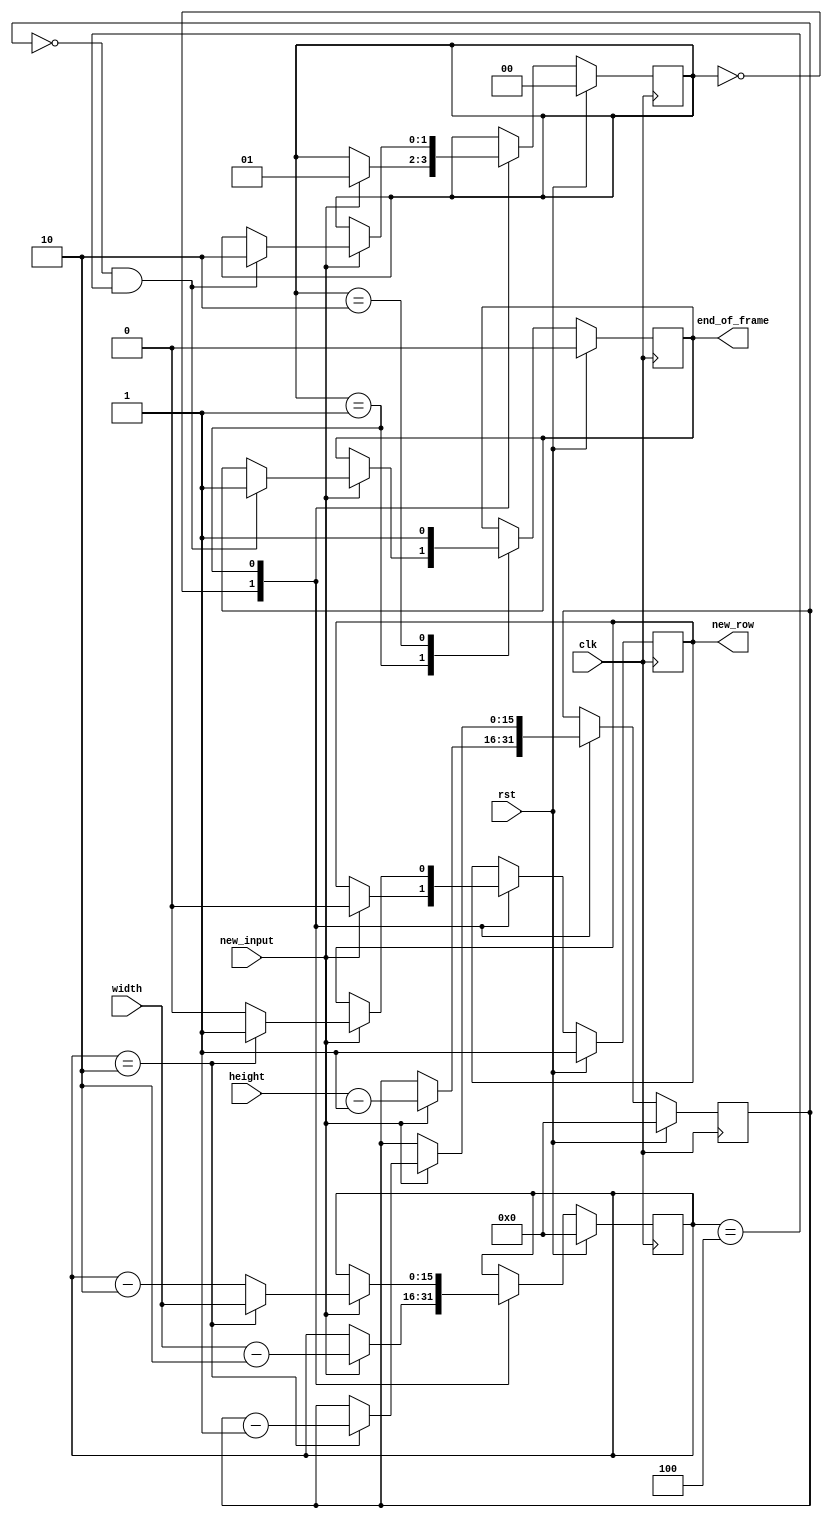
/* Generated by Yosys 0.8+     369 (git sha1 ea0e0722, clang 10.0.1 -fPIC -Os) */

(* \nmigen.hierarchy  = "top" *)
(* top =  1  *)
(* generator = "nMigen" *)
module top(width, height, rst, clk, end_of_frame, new_row, new_input);
  wire [16:0] \$1 ;
  wire [16:0] \$10 ;
  wire \$12 ;
  wire [16:0] \$14 ;
  wire [16:0] \$15 ;
  wire \$17 ;
  wire \$19 ;
  wire [16:0] \$2 ;
  wire \$21 ;
  wire \$23 ;
  wire \$25 ;
  wire \$27 ;
  wire \$29 ;
  wire \$4 ;
  wire [16:0] \$6 ;
  wire [16:0] \$7 ;
  wire [16:0] \$9 ;
  (* src = "signals.py:45" *)
  reg \$next\end_of_frame ;
  (* src = "nmigen/hdl/dsl.py:244" *)
  reg [1:0] \$next\fsm_state ;
  (* src = "signals.py:57" *)
  reg [15:0] \$next\height_temp ;
  (* src = "signals.py:46" *)
  reg \$next\new_row ;
  (* src = "signals.py:56" *)
  reg [15:0] \$next\width_temp ;
  (* src = "nmigen/hdl/ir.py:329" *)
  input clk;
  (* init = 1'h0 *)
  (* src = "signals.py:45" *)
  output end_of_frame;
  reg end_of_frame = 1'h0;
  (* init = 2'h0 *)
  (* src = "nmigen/hdl/dsl.py:244" *)
  reg [1:0] fsm_state = 2'h0;
  (* src = "signals.py:41" *)
  input [15:0] height;
  (* init = 16'h0000 *)
  (* src = "signals.py:57" *)
  reg [15:0] height_temp = 16'h0000;
  (* src = "signals.py:43" *)
  input new_input;
  (* init = 1'h1 *)
  (* src = "signals.py:46" *)
  output new_row;
  reg new_row = 1'h1;
  (* src = "nmigen/hdl/ir.py:329" *)
  input rst;
  (* src = "signals.py:42" *)
  input [15:0] width;
  (* init = 16'h0000 *)
  (* src = "signals.py:56" *)
  reg [15:0] width_temp = 16'h0000;
  assign \$10  = height - (* src = "signals.py:66" *) 1'h1;
  assign \$12  = width_temp == (* src = "signals.py:73" *) 2'h2;
  assign \$15  = height_temp - (* src = "signals.py:76" *) 1'h1;
  assign \$17  = width_temp == (* src = "signals.py:73" *) 2'h2;
  assign \$19  = height_temp == (* src = "signals.py:84" *) 1'h0;
  assign \$21  = width_temp == (* src = "signals.py:84" *) 3'h4;
  assign \$23  = \$19  & (* src = "signals.py:84" *) \$21 ;
  assign \$25  = height_temp == (* src = "signals.py:84" *) 1'h0;
  assign \$27  = width_temp == (* src = "signals.py:84" *) 3'h4;
  assign \$2  = width - (* src = "signals.py:65" *) 2'h2;
  assign \$29  = \$25  & (* src = "signals.py:84" *) \$27 ;
  assign \$4  = width_temp == (* src = "signals.py:73" *) 2'h2;
  assign \$7  = width_temp - (* src = "signals.py:81" *) 2'h2;
  always @(posedge clk)
      end_of_frame <= \$next\end_of_frame ;
  always @(posedge clk)
      fsm_state <= \$next\fsm_state ;
  always @(posedge clk)
      new_row <= \$next\new_row ;
  always @(posedge clk)
      height_temp <= \$next\height_temp ;
  always @(posedge clk)
      width_temp <= \$next\width_temp ;
  always @* begin
    \$next\width_temp  = width_temp;
    casez (fsm_state)
      2'h0:
          casez (new_input)
            1'h1:
                \$next\width_temp  = \$1 [15:0];
          endcase
      2'h1:
          casez (new_input)
            1'h1:
                casez (\$4 )
                  1'h1:
                      \$next\width_temp  = width;
                  1'hz:
                      \$next\width_temp  = \$6 [15:0];
                endcase
          endcase
    endcase
    casez (rst)
      1'h1:
          \$next\width_temp  = 16'h0000;
    endcase
  end
  always @* begin
    \$next\height_temp  = height_temp;
    casez (fsm_state)
      2'h0:
          casez (new_input)
            1'h1:
                \$next\height_temp  = \$9 [15:0];
          endcase
      2'h1:
          casez (new_input)
            1'h1:
                casez (\$12 )
                  1'h1:
                      \$next\height_temp  = \$14 [15:0];
                endcase
          endcase
    endcase
    casez (rst)
      1'h1:
          \$next\height_temp  = 16'h0000;
    endcase
  end
  always @* begin
    \$next\new_row  = new_row;
    casez (fsm_state)
      2'h0:
          casez (new_input)
            1'h1:
                \$next\new_row  = 1'h0;
          endcase
      2'h1:
          casez (new_input)
            1'h1:
                casez (\$17 )
                  1'h1:
                      \$next\new_row  = 1'h1;
                  1'hz:
                      \$next\new_row  = 1'h0;
                endcase
          endcase
    endcase
    casez (rst)
      1'h1:
          \$next\new_row  = 1'h1;
    endcase
  end
  always @* begin
    \$next\fsm_state  = fsm_state;
    casez (fsm_state)
      2'h0:
          casez (new_input)
            1'h1:
                \$next\fsm_state  = 2'h1;
          endcase
      2'h1:
          casez (new_input)
            1'h1:
                casez (\$23 )
                  1'h1:
                      \$next\fsm_state  = 2'h2;
                endcase
          endcase
    endcase
    casez (rst)
      1'h1:
          \$next\fsm_state  = 2'h0;
    endcase
  end
  always @* begin
    \$next\end_of_frame  = end_of_frame;
    casez (fsm_state)
      2'h1:
          casez (new_input)
            1'h1:
                casez (\$29 )
                  1'h1:
                      \$next\end_of_frame  = 1'h1;
                endcase
          endcase
      2'h2:
          \$next\end_of_frame  = 1'h1;
    endcase
    casez (rst)
      1'h1:
          \$next\end_of_frame  = 1'h0;
    endcase
  end
  assign \$1  = \$2 ;
  assign \$6  = \$7 ;
  assign \$9  = \$10 ;
  assign \$14  = \$15 ;
endmodule